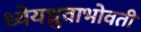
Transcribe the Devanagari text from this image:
ध्येयध्रुवाभोवती